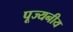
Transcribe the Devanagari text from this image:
पूज्‍यनीय